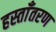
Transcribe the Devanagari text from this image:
हस्ताँतरण